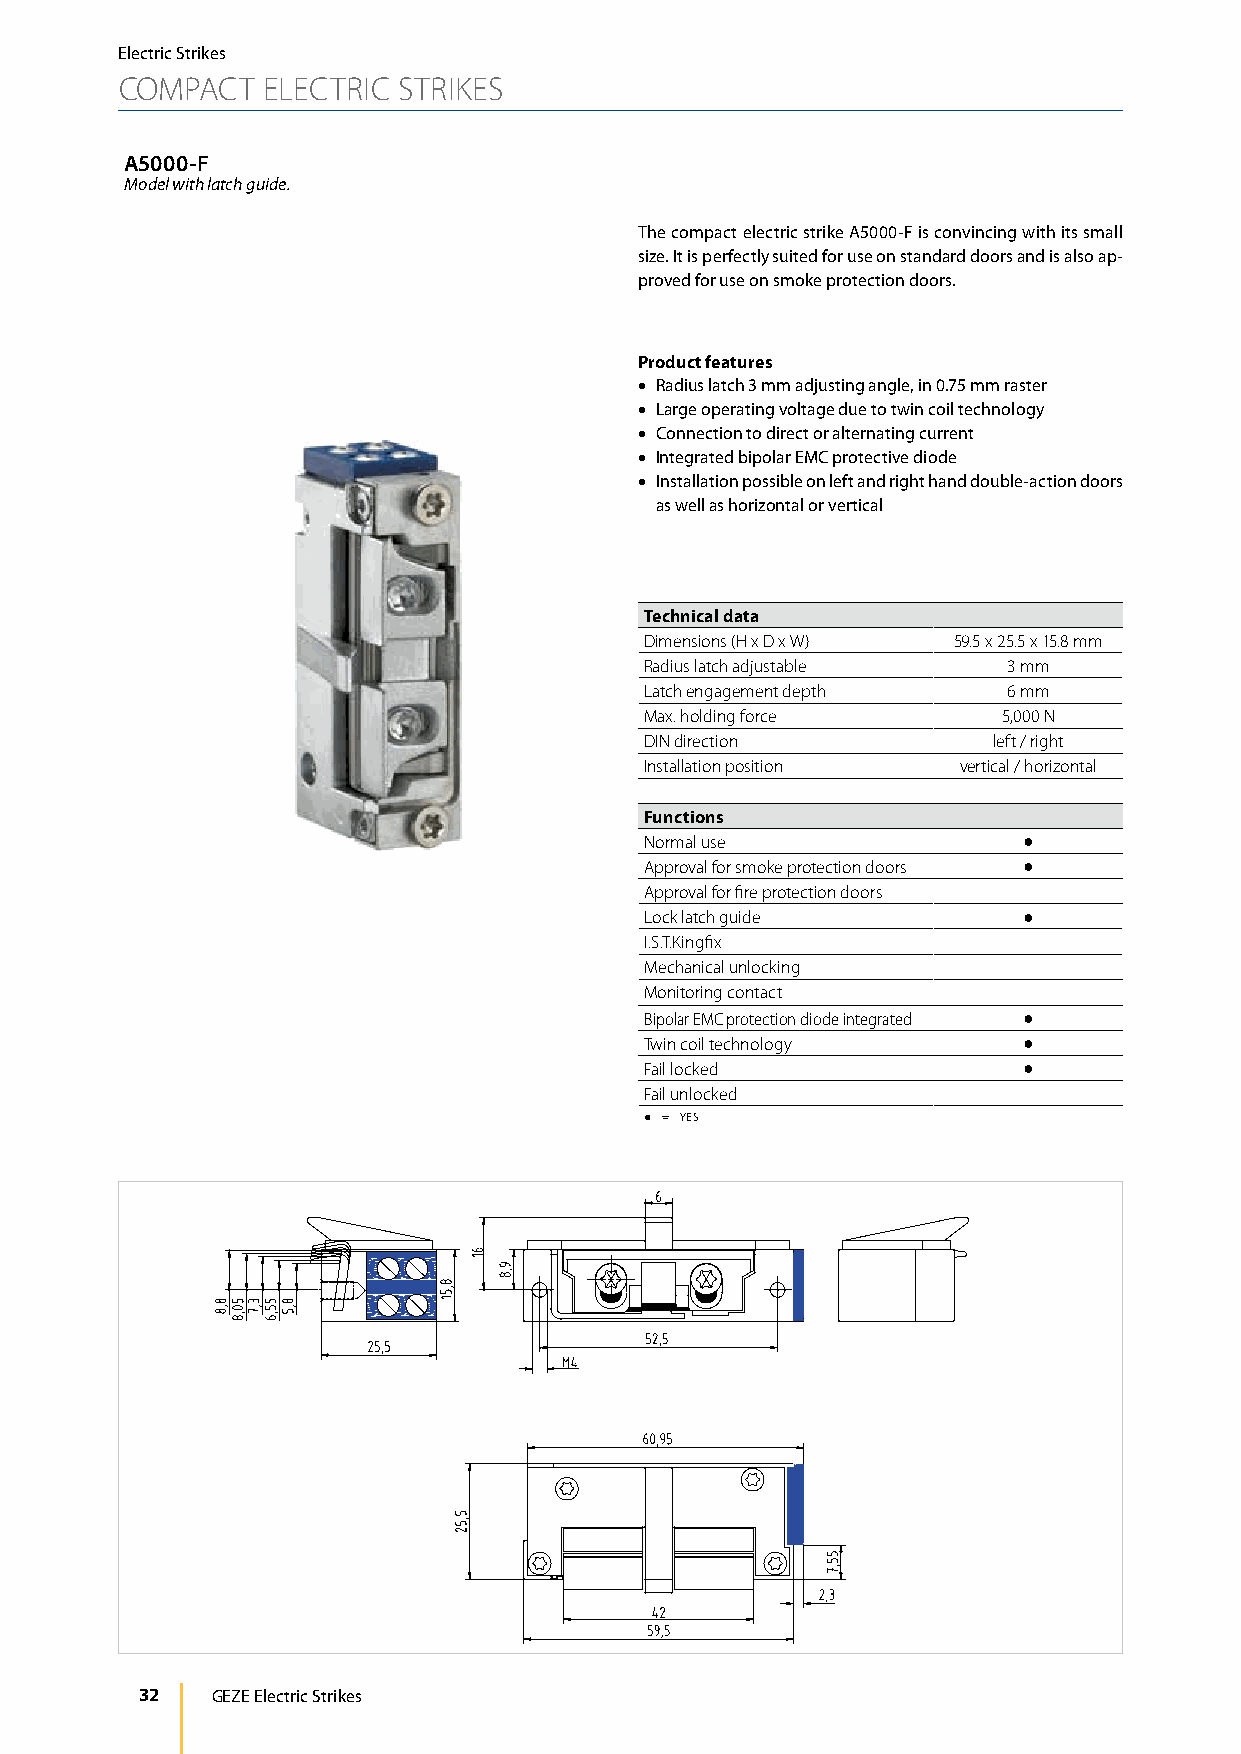
Electric Strikes
 COMPACT  ELECTRIC STRIKES
 A5000-F
 Model with latch guide.
 The compact electric strike A5000-F is convincing with its small
 size. It is perfectly suited for use on standard doors and is also ap-
 proved for use on smoke protection doors.
 Product features
 • Radius latch 3 mm adjusting angle, in 0.75 mm raster
 • Large operating voltage due to twin coil technology
 • Connection to direct or alternating current
 • Integrated bipolar EMC protective diode
 • Installation possible on left and right hand double-action doors
 as well as horizontal or vertical
 Technical data
 Dimensions (H x D x W) 59.5 x 25.5 x 15.8 mm
 Radius latch adjustable 3 mm
 Latch engagement depth  6 mm
 Max. holding force     5,000 N
 DIN direction          left / right
 Installation position vertical / horizontal
 Functions
 Normal use               ●
 Approval for smoke protection doors ●
 Approval for fire protection doors
 Lock latch guide         ●
 I.S.T.Kingfix
 Mechanical unlocking
 Monitoring contact
 Bipolar EMC protection diode integrated ●
 Twin coil technology     ●
 Fail locked              ●
 Fail unlocked
 ● = YES
 32   GEZE Electric Strikes